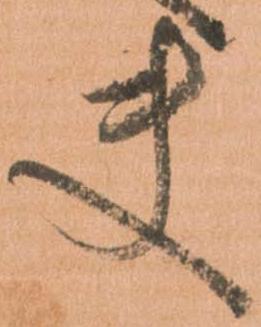
夫